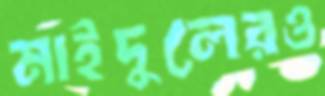
মাইদুলেরও